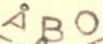
ÅBO